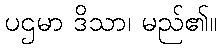
ပဌမာ ဒိသာ၊ မည်၏။